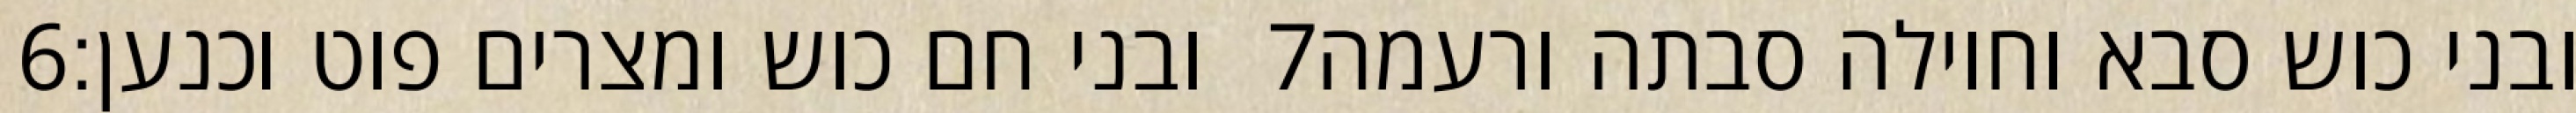
‎6‏ ובני חם כוש ומצרים פוט וכנען׃ ‎7‏ ובני כוש סבא וחוילה סבתה ורעמה